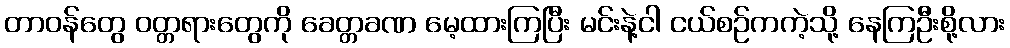
တာဝန်တွေ ဝတ္တရားတွေကို ခေတ္တခဏ မေ့ထားကြပြီး မင်းနဲ့ငါ ငယ်စဉ်ကကဲ့သို့ နေကြဦးစို့လား